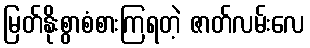
မြတ်နိုးစွာစံစားကြရတဲ့ ဇာတ်လမ်းလေ